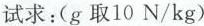
试求：(g取10N/kg)